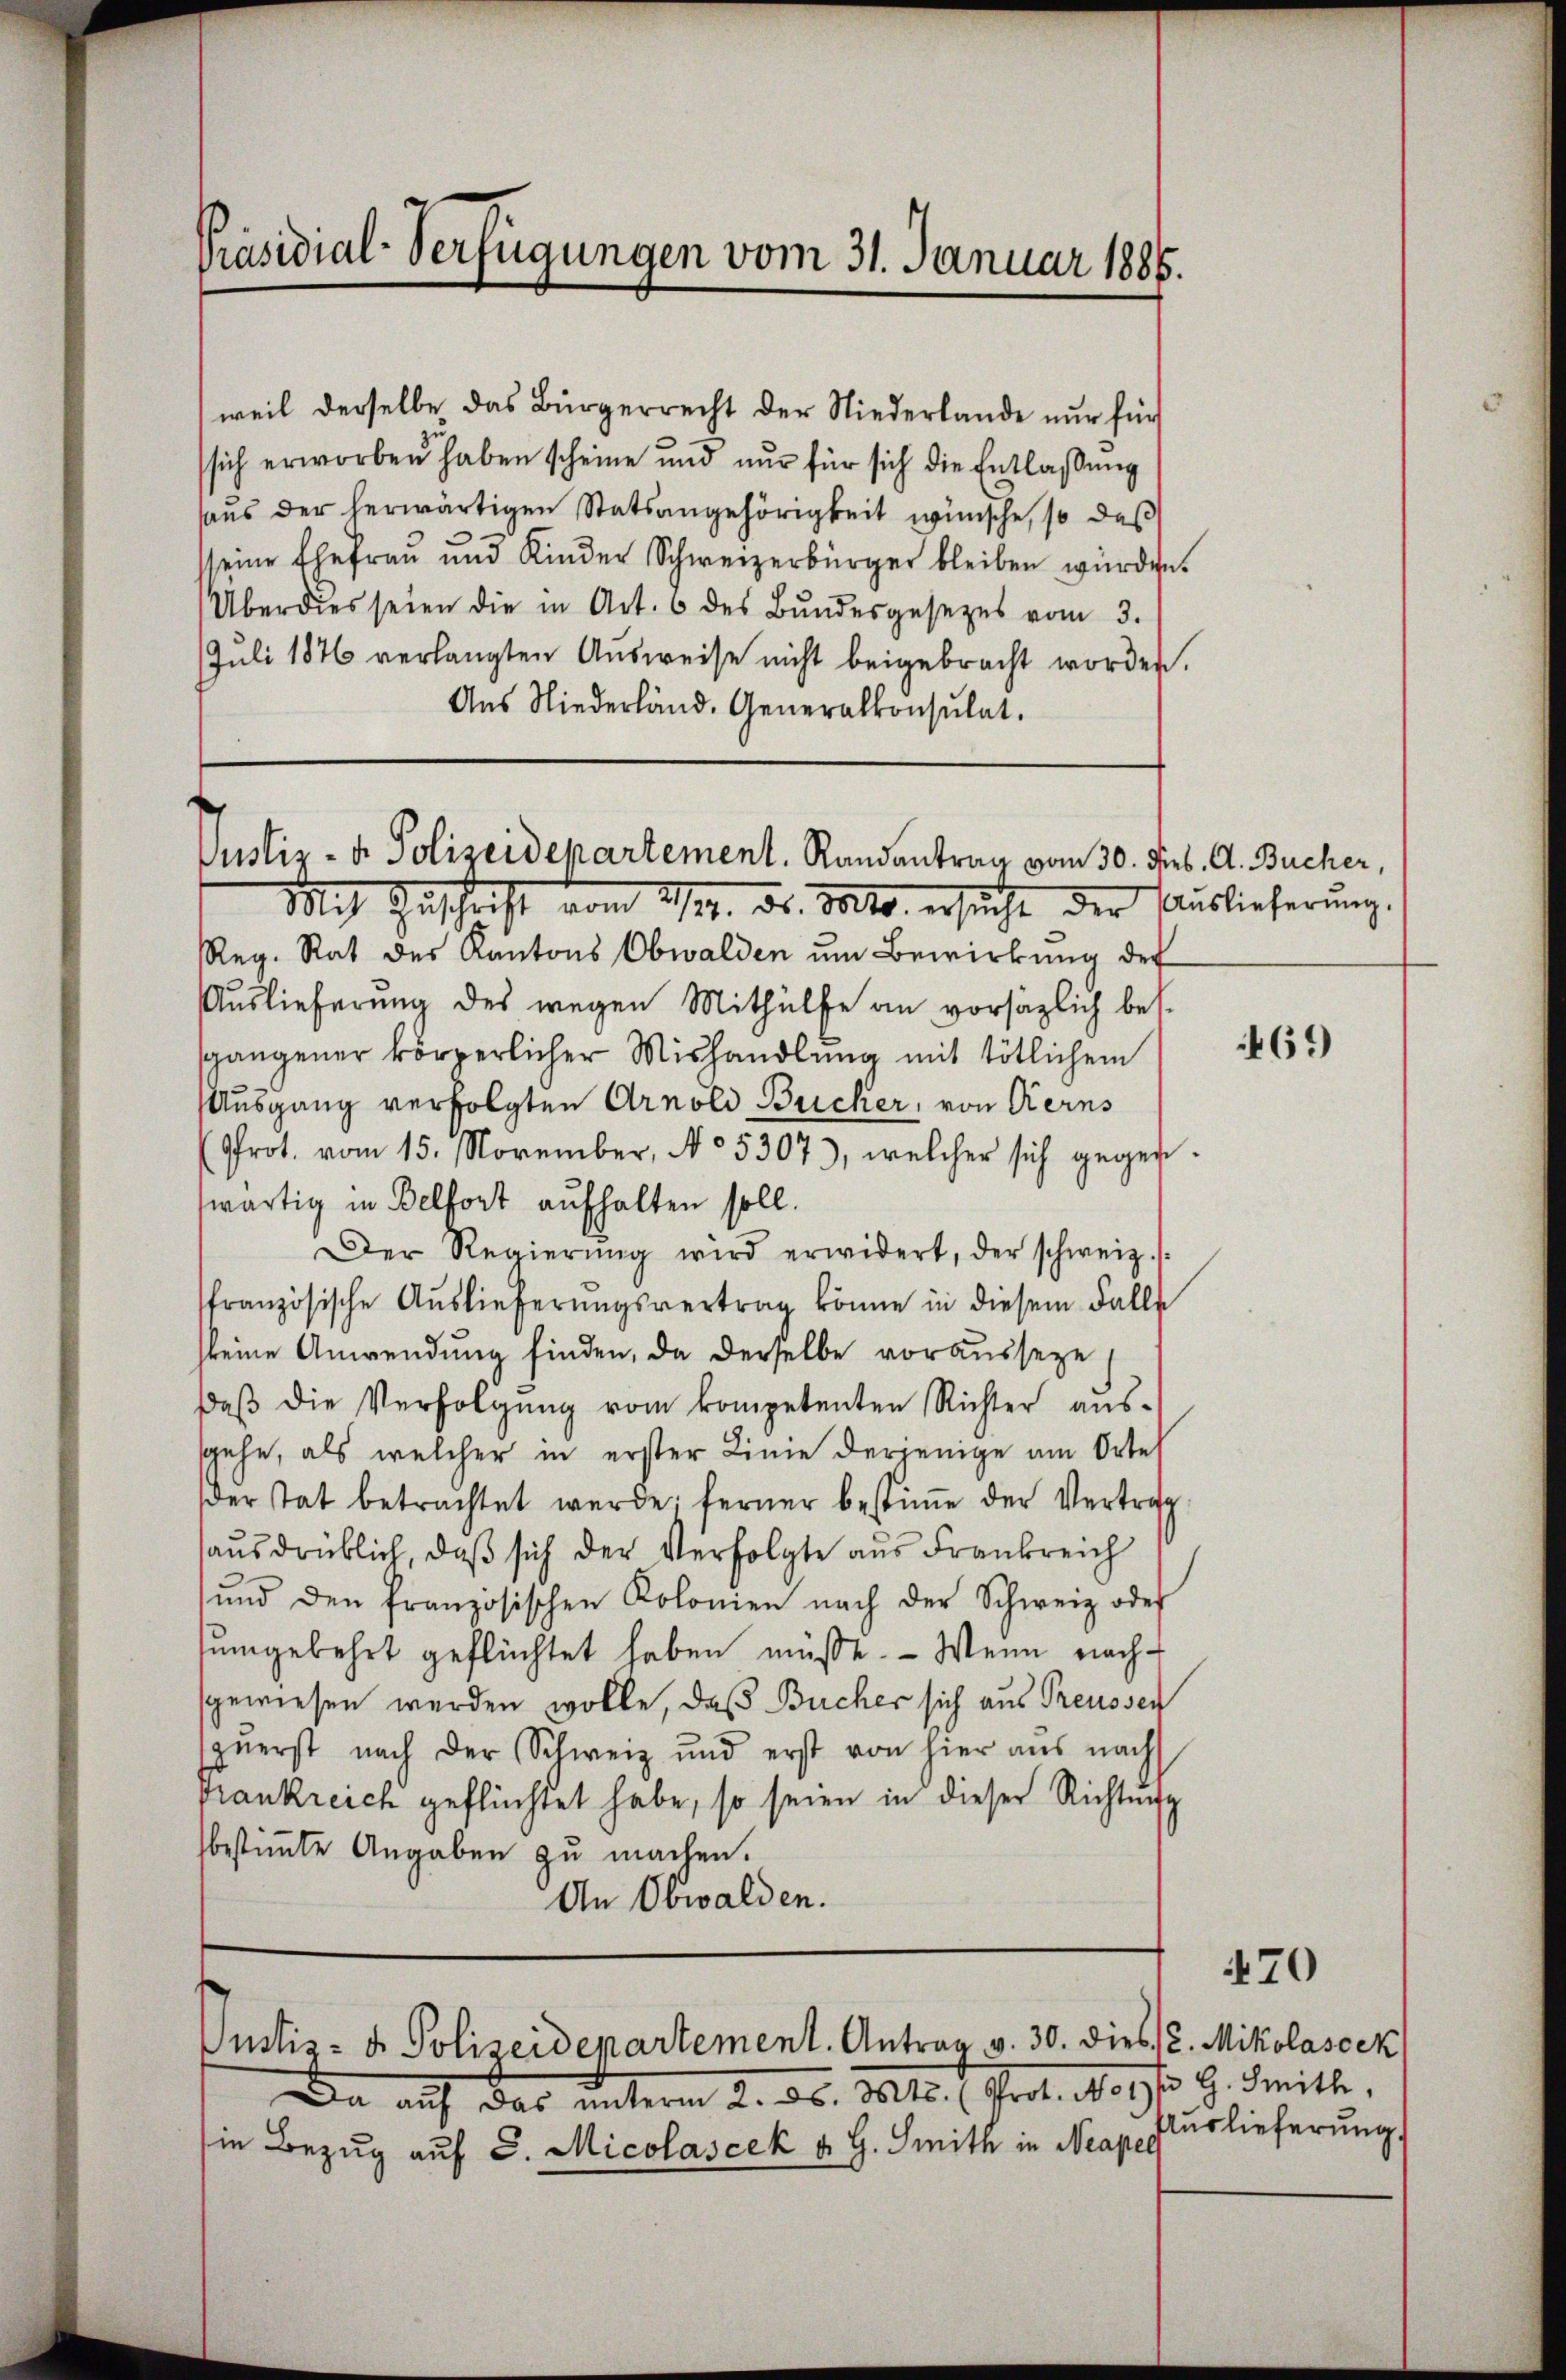
Präsidial-Verfügungen vom 31. Januar 1886.

weil derselbe das Bürgerrecht der Niederlande nŭr hin
sich erworben haben scheine und nur für sich die Entlassung
haŭs der herwärtigen Statsangehörigkeit wünsche, so das
seine Ehefrau und Kinder Schweizerbürger bleiben würden.
Überdies seien die in Art. 6 des Bŭndesgesetzes vom 3.
JJuli 1876 verlangten Ausweise nicht beigebracht worden.
Aŭs Niederländ. Generalkonsulat

Justiz- u. Polizeidepartement. Randantrag vom 30. d.

Justiz- & Polizeidepartement. Antrag v. 30. dies 2. Mikolaseck

Mit Zuschrift vom 27. ds. Mts. ersucht der Auslieferung,
Reg. Rat des Kantons Obwalden um Bewirkung der
Auslieferung des wegen Mithülfe an vorsätzlich bes
sgangener körperlicher Mishandlung mit tötlichem
Ausgang verfolgten Arnold Bucker, von Kerns
(Prot. vom 15. November, No 5307), welcher sich gegen
swärtig in Belfort aufhalten soll.
Der Regierŭng wird erwidert, der schweiz.
ffranzösische Auslieferungsvertrag könne in diesem Falle
skeine Anwendung finden, da derselbe vorausseze,
daβ die Verfolgŭng vom kompetenten Richter aŭs-
sgehe, als welcher in erster Linie derjenige am Ortel
der tat betrachtet werde; ferner bestiṁe der Vertrag
ausdrüklich, daß sich der Verfolgte aus Frankreich
ŭnd den französischen Kolonien nach der Schweiz oder
umgekehrt geflüchtet haben müsse. — Wenn nachgewiesen werden wolle, daß Bücher sich aus Preusser
zŭerst nach der Schweiz und erst von hier aus nach
prankreich geflüchtet habe, so seien in dieser Richtung
bestimmte Angaben zu machen.
An Obwalden.

Da auf das unterm 2. ds. Mts. (Prot. No 17/3 9. Seith,
sie Bezug auf S. Micolascek u. H. Smith in Neapel

sieb. A. Bucher,

469

470

Auslieferung.